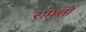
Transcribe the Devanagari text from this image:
राफ्तो